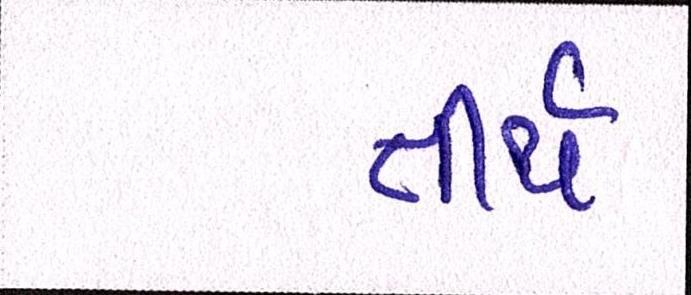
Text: તીર્થ